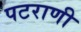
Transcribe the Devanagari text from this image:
पटराणी